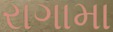
રાગામા